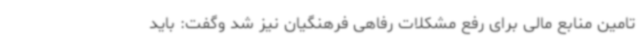
تامین منابع مالی برای رفع مشکلات رفاهی فرهنگیان نیز شد وگفت: باید